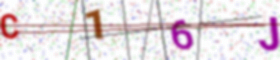
Text: C16J